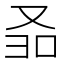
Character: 𱑵